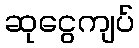
ဆုငွေကျပ်